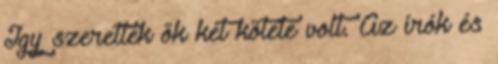
Így szerettek ők két kötete volt. Az írók és